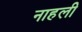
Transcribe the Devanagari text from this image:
नाहली